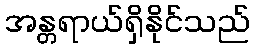
အန္တရာယ်ရှိနိုင်သည်